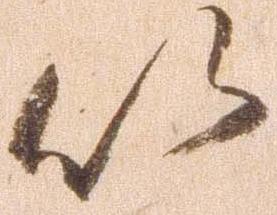
以